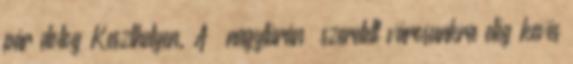
pár dolog Keszthelyen. A „nagytúrán” szeretett városunkra elég kevés